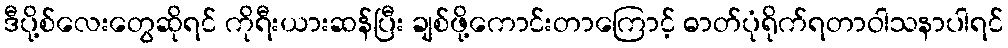
ဒီပို့စ်လေးတွေဆိုရင် ကိုရီးယားဆန်ပြီး ချစ်ဖို့ကောင်းတာကြောင့် ဓာတ်ပုံရိုက်ရတာဝါသနာပါရင်